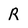
Character: R